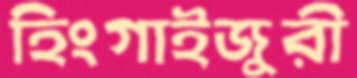
হিংগাইজুরী